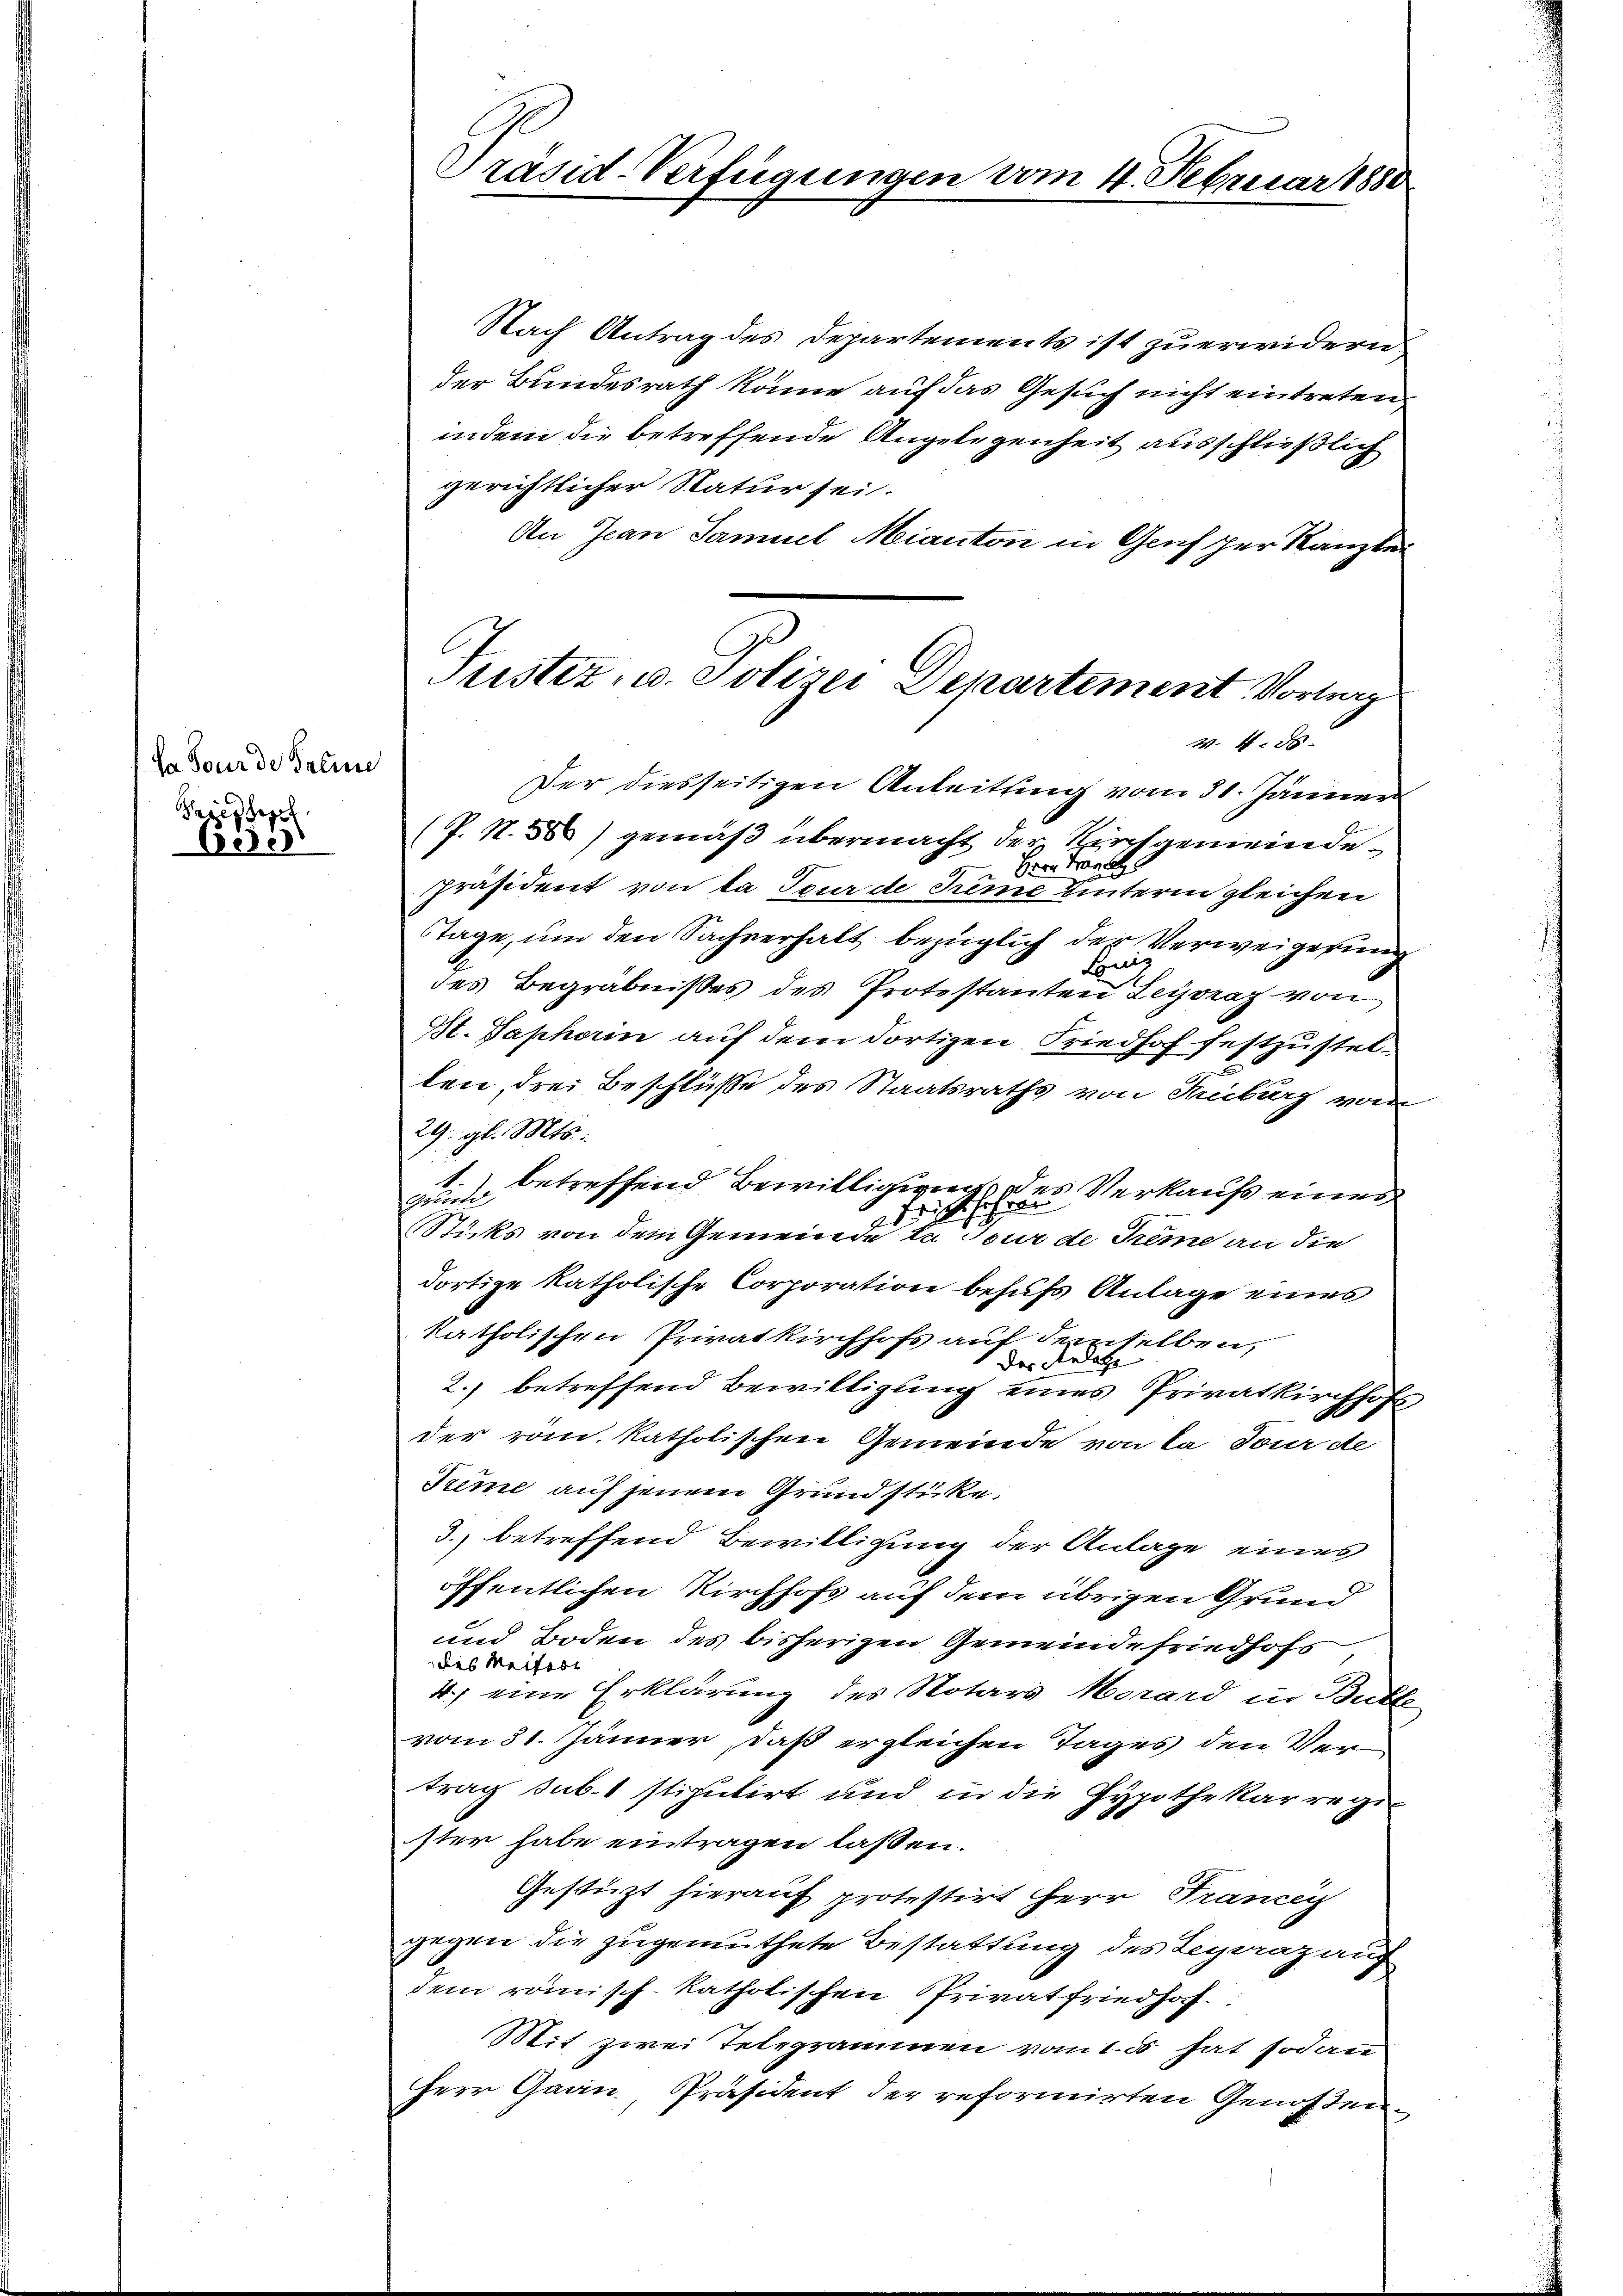
Da Tour de Baline
Priesserr

Eisen

Präsid-Verfügungen vom 4. Februar 188

Justiz- u. Polizei Departement Vortrag
W. 4. 85.

Nach Antrag des Departements ist zu erwidern
der Bundesrath könne auf das Gesuch nicht eintreten
indem die betreffende Angelegenheit ausschließlich
gerichtlicher Natur sei
An Jean Samuel Mianton in Genf per Kanzlei
Der diesseitigen Anleitung vom 31. Jänner
(P. 1) gemäß übermacht der Verstgemeinde¬
 Herr Franc
Präsident von da Spur de deme unterm gleichen
Tage, um den Sachverhalt bezüglich der Verweigerung
Li
des Begräbnisses des Protestanten Leyoraz von
St. Saphorin auf dem dortigen Friedhof festzustellen, drei Beschlüsse des Staatsraths von Freiburg vom
29. gl. Mts.
1.
gende betreffend Bewilligung des Verkaufs eines
fricht sehren
Sticks von dem Gemeinde la jour de Tieme an die
dortige katholische Corporation behufs Anlage eines
katholischen Privatkirchhofs auf demselben,
der Anlatze |
2.) betreffend Bewilligung eines Privatkirchhofs
der röm. katholischen Gemeinde von da Jour de
Trême auf jenem Grundstücke.
3. betreffend Bewilligung der Anlage eines
1
öffentlichen Kirchhofs auf dem übrigen Grund
und Boden des bisherigen Gemeinde Friedhofs
des Weitert
4.) eine Erklärung des Notars Morard in Butt
vom 31. Jänner, daß ergleichen Tages den Vertrag sub. 1 stiputirt und in die Hypothekarregister habe eintragen laßen.
Gestützt hierauf protestirt Herr Francey
gegen die zugemuthete Bestattung des Legaaz auf
dem römisch-katholischen Privatfriedhof
Mit zwei Telegrammen vom 1. hat sodann
Herr Gaan, Präsident der reformirten Genossen.